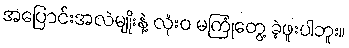
အပြောင်းအလဲမျိုးနဲ့ လုံးဝ မကြုံတွေ့ ခဲ့ဖူးပါဘူး။